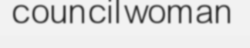
councilwoman